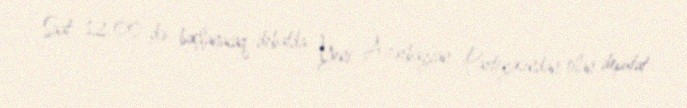
Saat 12.00-də başlanacaq debatda Yeni Azərbaycan Partiyasından olan deputat